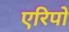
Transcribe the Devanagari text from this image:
एरिपो